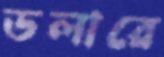
ডলারে